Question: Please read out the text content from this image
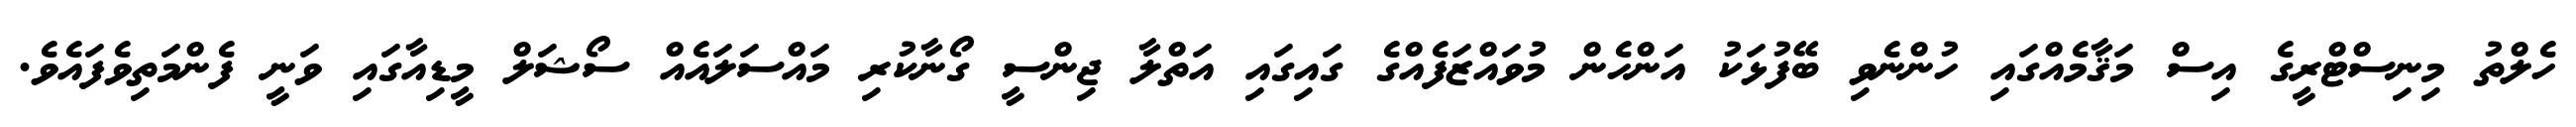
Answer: ހެލްތު މިނިސްޓްރީގެ އިސް މަޤާމެއްގައި ހުންނެވި ބޭފުޅަކު އަންހެން މުވައްޒަފެއްގެ ގައިގައި އަތްލާ ޖިންސީ ގޯނާކުރި މައްސަލައެއް ސޯޝަލް މީޑިއާގައި ވަނީ ފެންމަތިވެފައެވެ.